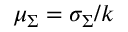
\mu _ { \Sigma } = \sigma _ { \Sigma } / k